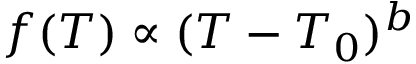
f ( T ) \propto ( T - T _ { 0 } ) ^ { b }